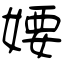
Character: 婹